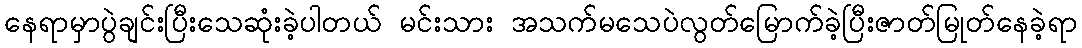
နေရာမှာပွဲချင်းပြီးသေဆုံးခဲ့ပါတယ် မင်းသား အသက်မသေပဲလွတ်မြောက်ခဲ့ပြီးဇာတ်မြုတ်နေခဲ့ရာ